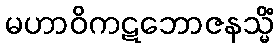
မဟာဝိကဋဘောဇနသ္မိံ